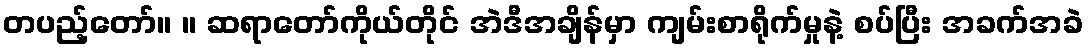
တပည့်တော်။ ။ ဆရာတော်ကိုယ်တိုင် အဲဒီအချိန်မှာ ကျမ်းစာရိုက်မှုနဲ့ စပ်ပြီး အခက်အခဲ